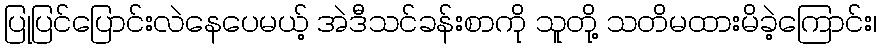
ပြုပြင်ပြောင်းလဲနေပေမယ့် အဲဒီသင်ခန်းစာကို သူတို့ သတိမထားမိခဲ့ကြောင်း၊